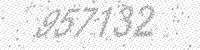
Solution: 957132